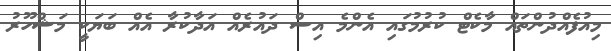
މިއުފެއްދުންތައް މާކެޓް ކުރުމުގައި އެންމެ އިސް ދައުރެއް އަދާކުރާ އެއް ބަޔަކީ މަޝްހޫރު